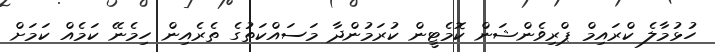
ހުޅުމާލެ ކްރައިމް ޕްރިވެންޝަން ކޮމެޓީން ކުރަމުންދާ މަސައްކަތުގެ ތެރެއިން ހިމެނޭ ކަމެއް ކަމަށް